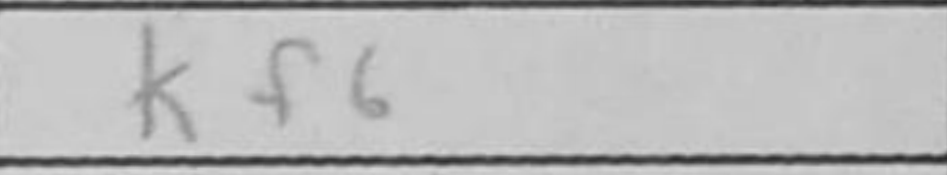
Transcription: Kf6